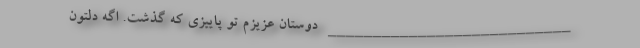
___________________________ دوستان عزیزم تو پاییزی که گذشت. اگه دلتون